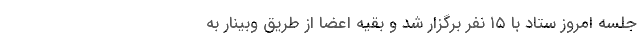
جلسه امروز ستاد با ۱۵ نفر برگزار شد و بقیه اعضا از طریق وبینار به